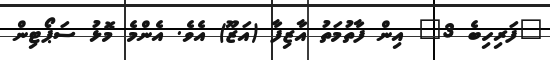
"ފަރިހިބެ 3" އިން ފާތުމަތު އާޒިފާ (އަޒޫ) އެވެ. އެންމެ މޮޅު ސަޕޯޓިން